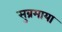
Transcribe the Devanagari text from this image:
सुब्रमाया